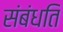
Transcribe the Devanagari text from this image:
संबंधति